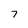
Character: 7